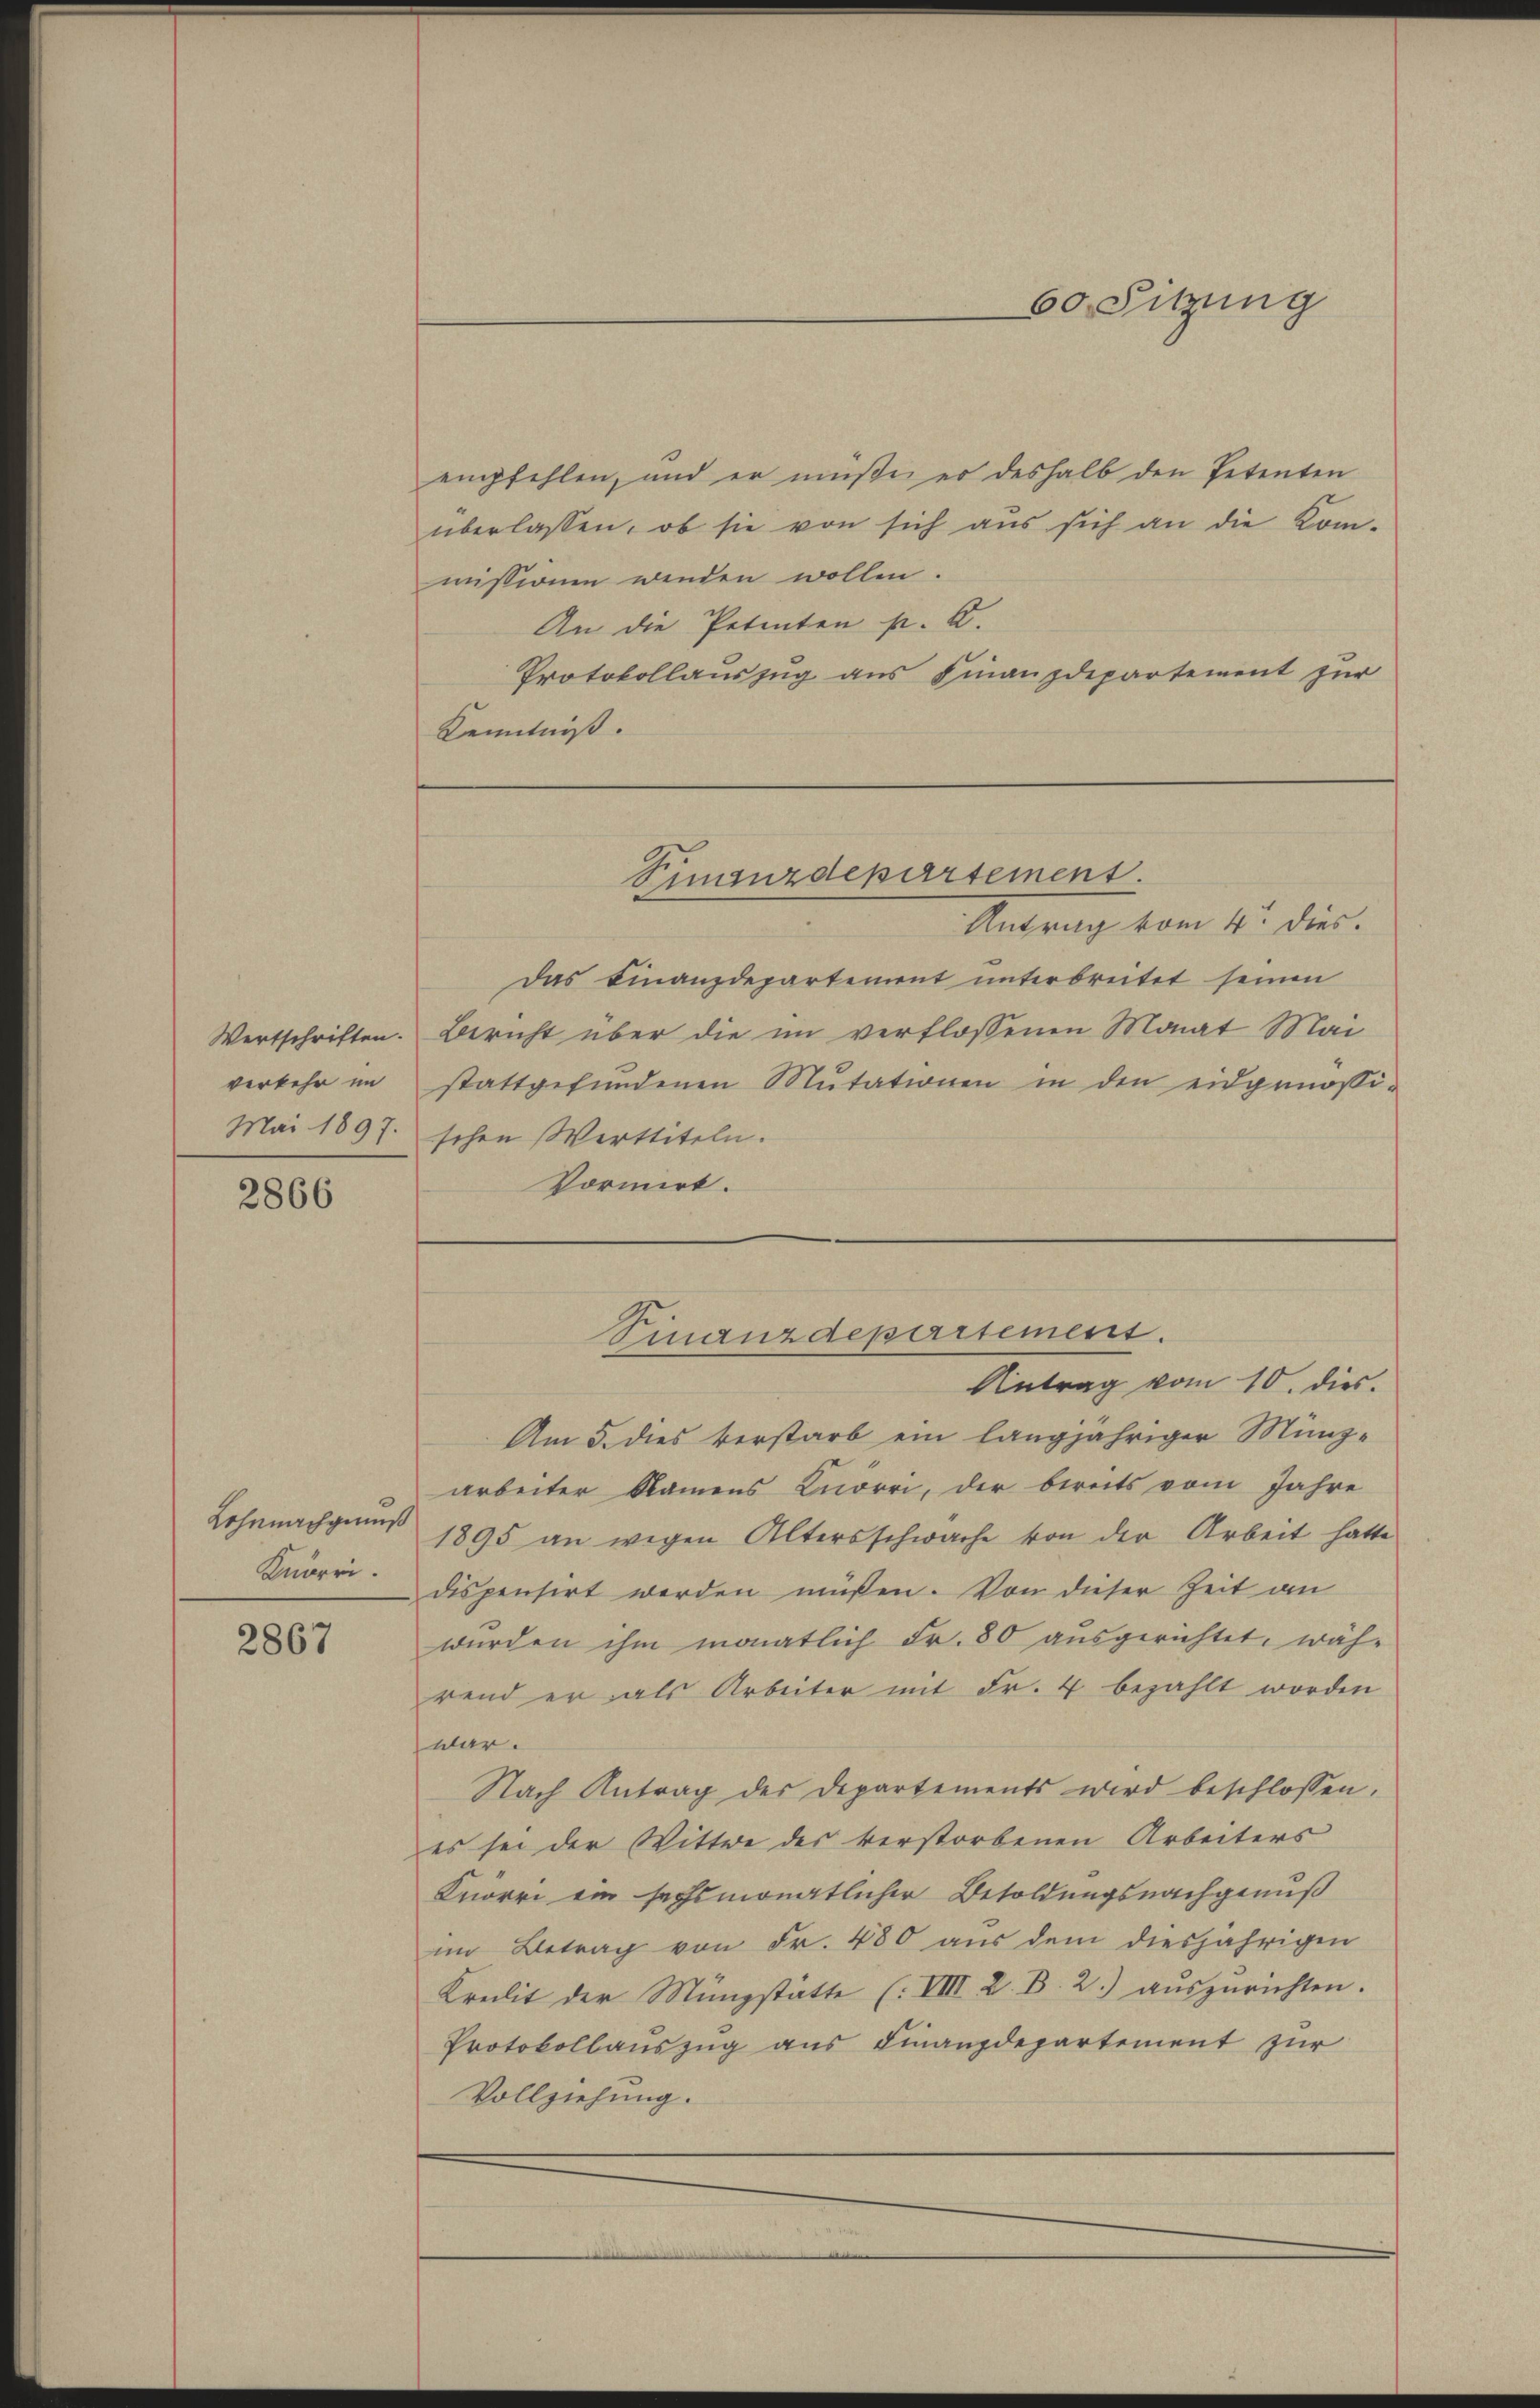
verkehr im
Mai 1897.

2866

Lohnnachgewiß
Knorri

2867

empfehlen, und er müße er deshalb den Petenten
überlassen, ob sie von sich aus sich an die Kom-
missionen werden wollen.
An die Petenten p. C.
Protokollauszug aus Finanzdepartement zur
Kenntniß.

60 Sitzung

Finanzdepartement.

Antrag vom 4. dies.
Das Finanzdepartement unterbreitet seinen
Wertschriften. Bericht über die im verflossenen Monat Mai
stattgefŭndenen Mutationen in den eidgenössi-
schen Werttiteln.
Vormirt.

Am 5. dies verstarb ein langjähriger Münz-
arbeiter Namens Knorri, der bereits vom Jahre
1895 an wegen Altersschwache von der Arbeit hatte
dispensirt werden müssen. Von dieser Zeit an
wurden ihm monatlich Fr. 80 ausgerichtet, wäh-
rend er als Arbeiter mit Fr. 4 bezahlt worden
war.
Nach Antrag des Departements wird beschlossen.
es sei der Wittwe des verstorbenen Arbeiters
Knörri ein sechsmonatlicher Besoldungsnachgenuß
im Betrag von Fr. 480 aus dem diesjährigen
Kreilit der Münzstätte (VIII 2. B. 2.) auszurichten.
Protokollauszug aus Finanzdepartement zur
Vollziehung.

Finanzdepartement.
Antrag vom 10. dies